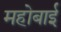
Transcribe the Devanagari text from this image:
महोबाई